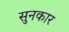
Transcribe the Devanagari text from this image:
सुनकार